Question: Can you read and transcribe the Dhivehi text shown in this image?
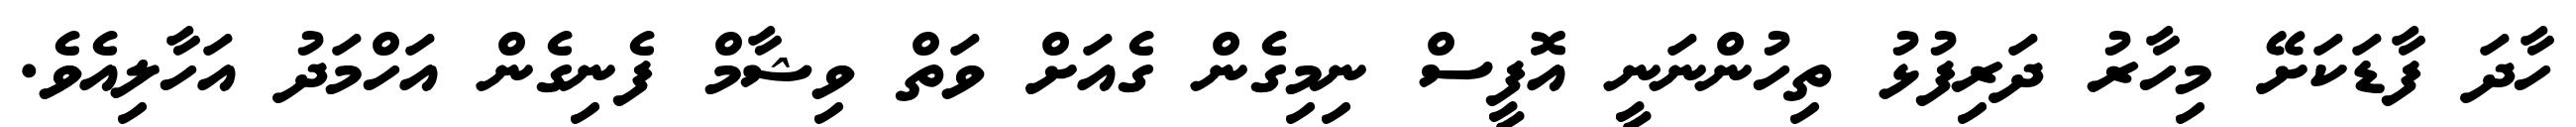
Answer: ހާދަ ފާޑަކަށޭ މިހާރު ދަރިފުޅު ތިހުންނަނީ އޮފީސް ނިމިގެން ގެއަށް ވަތް ވިޝާމް ފެނިގެން އަހްމަދު އަހާލިއެވެ.